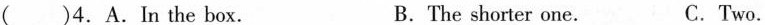
( )4.A.In the box. B.The shorter one. C.Two.